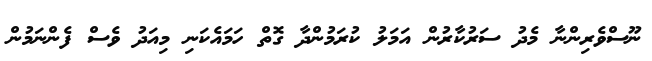
ނޫސްވެރިންނާ މެދު ސަރުކާރުން އަމަލު ކުރަމުންދާ ގޮތް ހަމައެކަނި މިއަދު ވެސް ފެންނަމުން